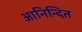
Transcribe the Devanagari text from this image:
आनिन्दित